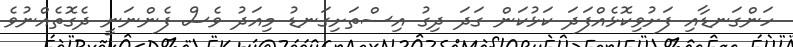
ހަންގަނޑާއި ފަށުވިކޮޅެއްފަދަ ކަޅުކަން ގަދަ ދިގު އިސްތަށިގަނޑު މިއަދު ވެސް ފެންނަނީ ދެގޮތެއްނުވެ